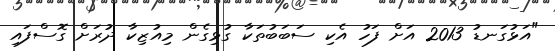
"އަޅުގަނޑު 2013 އަށް ފަހު އެކި ސަބަބުތަކާ ގުޅިގެން މިއުޒިކާ ދުރަށް ގޮސްފައި